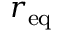
r _ { \mathrm { e q } }